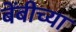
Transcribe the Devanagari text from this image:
बेंबीच्या